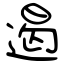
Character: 遏